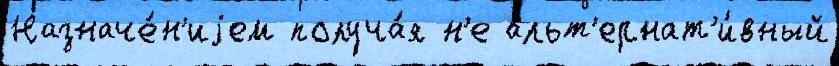
Назначе́н'иjем получа́я н'е альт'ернат'и́вный